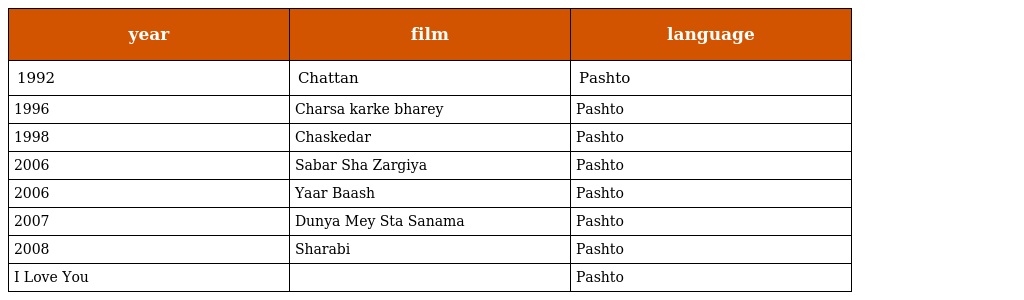
| year | film | language |
 | --- | --- | --- |
 | 1992 | Chattan | Pashto |
 | 1996 | Charsa karke bharey | Pashto |
 | 1998 | Chaskedar | Pashto |
 | 2006 | Sabar Sha Zargiya | Pashto |
 | 2006 | Yaar Baash | Pashto |
 | 2007 | Dunya Mey Sta Sanama | Pashto |
 | 2008 | Sharabi | Pashto |
 | I Love You |  | Pashto |